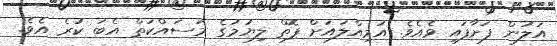
އަލުން ފަށާފައި ވެއެވެ. އަމިއްލައަށް ފޮތް ލިޔުމުގެ މަސައްކަތް އެބަ ކުރެ އެވެ.